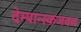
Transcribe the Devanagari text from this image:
देम्यान्स्कजवळ